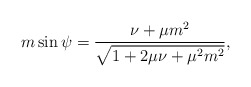
\begin{align*}m\sin\psi=\frac{\nu+\mu m^2}{\sqrt{ 1+2\mu \nu+\mu^2m^2}},\end{align*}